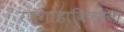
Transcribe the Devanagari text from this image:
रणगाडाविषयक